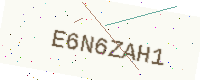
Text: E6N6ZAH1